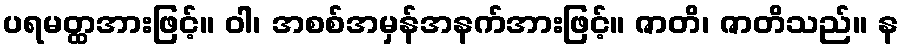
ပရမတ္ထအားဖြင့်။ ဝါ၊ အစစ်အမှန်အနက်အားဖြင့်။ ဇာတိ၊ ဇာတိသည်။ န